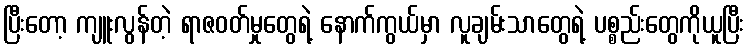
ပြီးတော့ ကျူးလွန်တဲ့ ရာဇဝတ်မှုတွေရဲ့ နောက်ကွယ်မှာ လူချမ်းသာတွေရဲ့ ပစ္စည်းတွေကိုယူပြီး